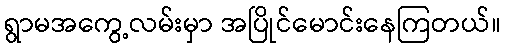
ရွာမအကွေ့လမ်းမှာ အပြိုင်မောင်းနေကြတယ်။